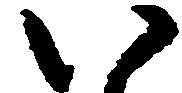
い